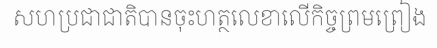
សហប្រជាជាតិបានចុះហត្ថលេខាលើកិច្ចព្រមព្រៀង